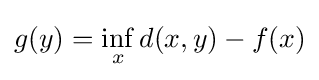
g(y)=\inf _{x}d(x,y)-f(x)